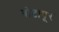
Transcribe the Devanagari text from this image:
वोटापूर